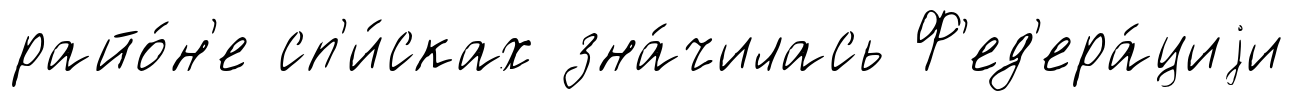
райо́н'е сп'и́сках зна́чилась Ф'ед'ера́циjи